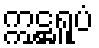
ဣဋ္ဌရူပံ